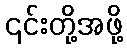
၎င်းတို့အဖို့